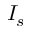
I _ { s }